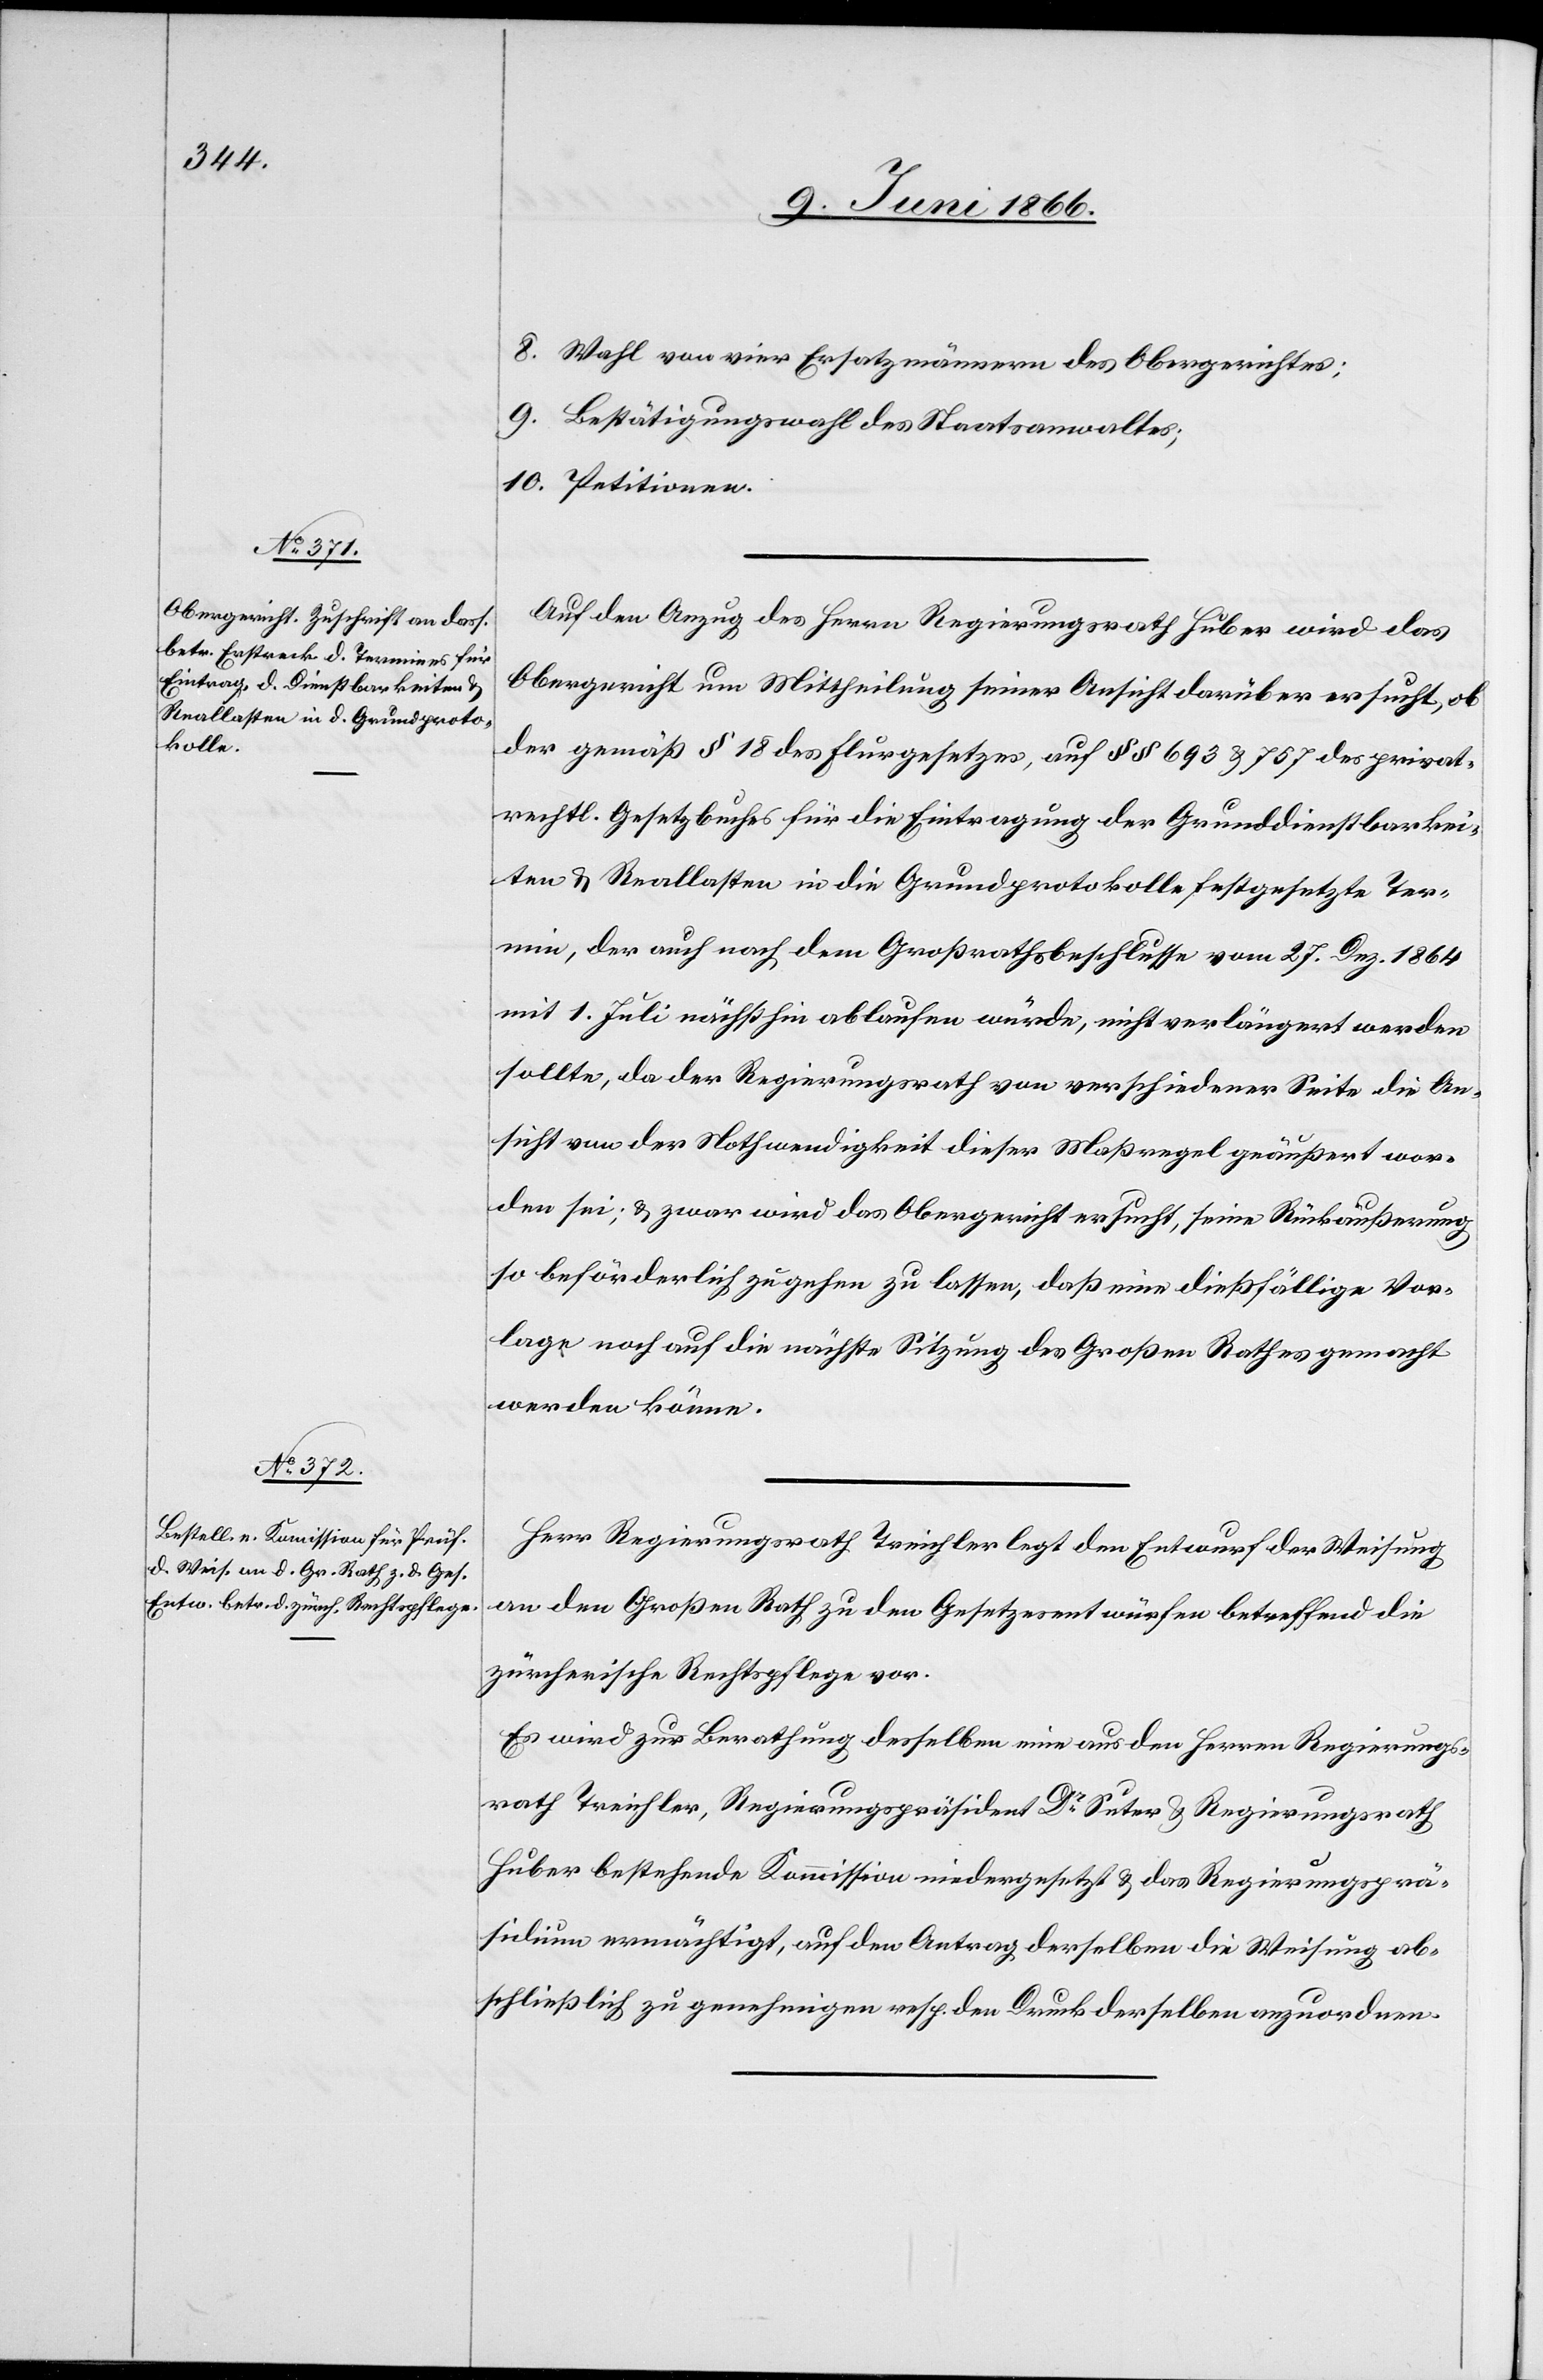
privat¬
sollte,

8. Wahl von vier Ersatzmännern des Obergerichtes;
9. Bestätigungswahl des Staatsanwaltes;
10. Petitionen.
Auf den Anzug des Herrn Regierungsrath Huber wird das
Obergericht um Mittheilung seiner Ansicht ersucht, ob der gemäß §
rechtl. Gesetzbuches für Eintragung der Grunddienstbarkei¬
ten u. Reallasten in die Grundprotokolle festgesetzte Ter¬
min, der auch nach dem Großrathsbeschlusse vom 27. Dez 1864
mit 1. Juli nächsthin ablaufen würde, nicht verlängert werden
Ansicht von der Nothwendigkeit dieser Maßregel geäußert wor¬
den sei; u. zwar wird das Obergericht ersucht, seine Rückäußerung
so beförderlich zugehen zu lassen, daß eine dießfällige Vor¬
lage noch auf die nächste Sitzung des Großen Rathes gemacht
werden könne.
Herr Regierungsrath Treichler legt den Entwurf der Weisung
an den Großen Rath zu den Gesetzesentwürfen betreffend die
zürcherische Rechtspflege vor.
Es wird zur Berathung desselben eine aus den Herrn Regierungs¬
räthen Treichler, Regierungspräsident Dr. Suter u. Regierungsrath
Huber bestehende Kommission niedergesetzt u. das Regierungsprä¬
sidium ermächtigt, auf den Antrag derselben die Weisung ab¬
schließlich zu genehmigen resp. den Druck derselben anzuordnen.